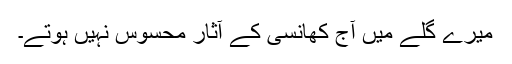
میرے گلے میں آج کھانسی کے آثار محسوس نہیں ہوتے۔